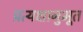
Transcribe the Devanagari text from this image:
प्रत्यक्षानुभूत